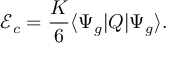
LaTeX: { \mathcal E } _ { c } = \frac K 6 \langle \Psi _ { g } | Q | \Psi _ { g } \rangle .